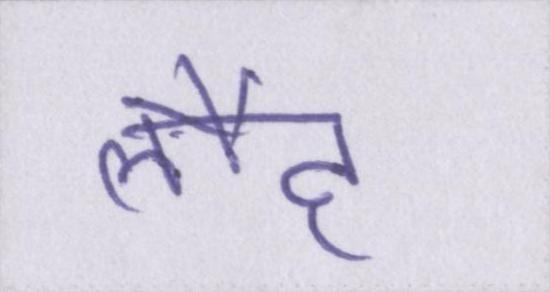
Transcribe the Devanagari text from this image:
लौह